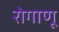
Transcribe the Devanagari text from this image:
रोगाणू